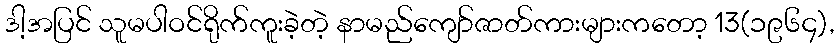
ဒါ့အပြင် သူမပါဝင်ရိုက်ကူးခဲ့တဲ့ နာမည်ကျော်ဇာတ်ကားများကတော့ 13(၁၉၆၄),